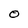
Character: 0